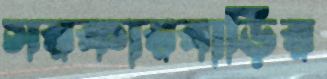
সরকারবাড়ির